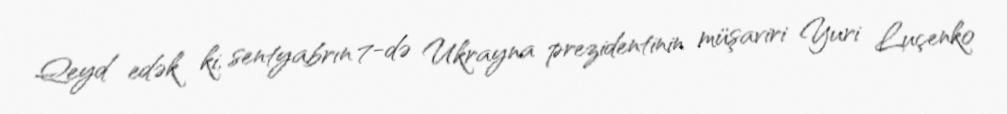
Qeyd edək ki, sentyabrın 7-də Ukrayna prezidentinin müşaviri Yuri Luçenko